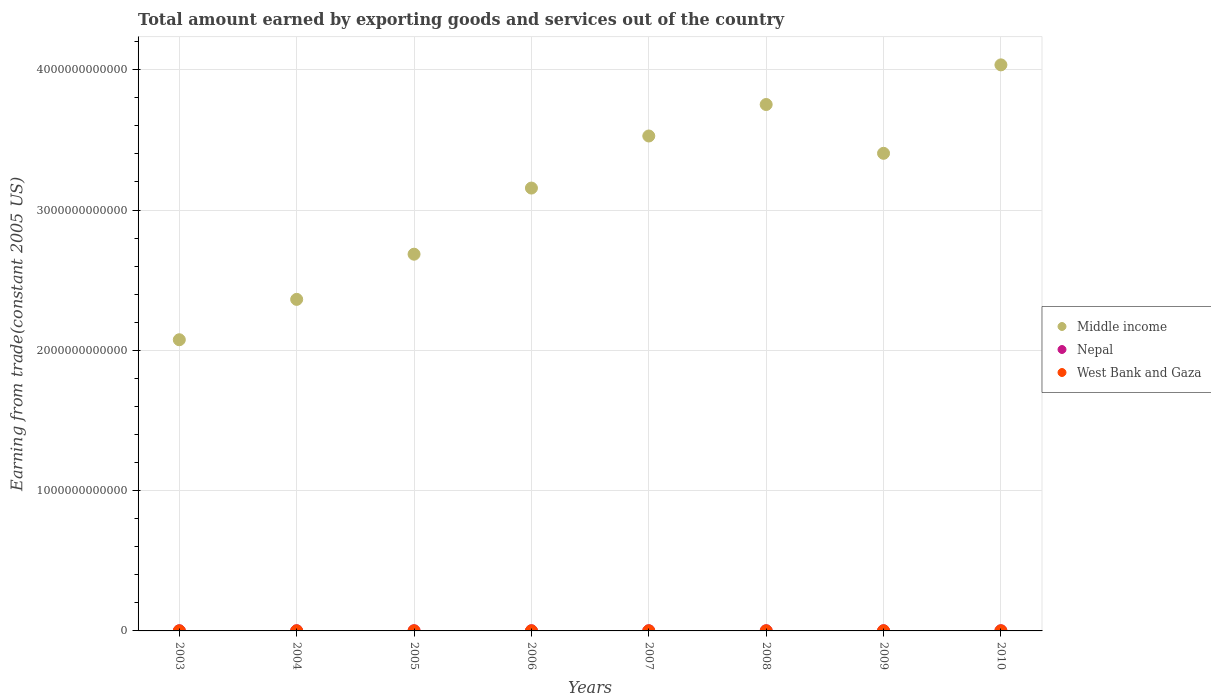
| Years | Middle income | Nepal | West Bank and Gaza |
 | --- | --- | --- | --- |
 | 2003 | 2.08e+12 | 1.09e+09 | 5.62e+08 |
 | 2004 | 2.36e+12 | 1.22e+09 | 6.12e+08 |
 | 2005 | 2.69e+12 | 1.19e+09 | 7.24e+08 |
 | 2006 | 3.16e+12 | 1.17e+09 | 6.97e+08 |
 | 2007 | 3.53e+12 | 1.16e+09 | 7.63e+08 |
 | 2008 | 3.75e+12 | 1.17e+09 | 7.71e+08 |
 | 2009 | 3.4e+12 | 1.21e+09 | 9.15e+08 |
 | 2010 | 4.03e+12 | 1.09e+09 | 8.8e+08 |